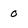
Character: O